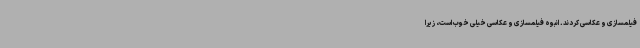
فیلمسازی و عکاسی کردند. انبوه فیلمسازی و عکاسی خیلی خوب است، زیرا